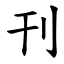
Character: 刊